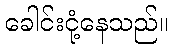
ခေါင်းငုံ့နေသည်။